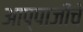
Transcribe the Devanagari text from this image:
आप्पाजींचे